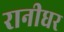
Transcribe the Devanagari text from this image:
रानीधर